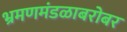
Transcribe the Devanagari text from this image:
भ्रमणमंडळाबरोबर